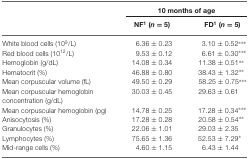
|  | <COLSPAN=2> 10 months of age |
 |  | NF1 (n = 5) | FD1 (n = 5) |
 | --- | --- | --- |
 | White blood cells (109/L) | 6.36 ± 0.23 | 3.10 ± 0.52*** |
 | Red blood cells (1012/L) | 9.53 ± 0.12 | 6.61 ± 0.30*** |
 | Hemoglobin (g/dL) | 14.08 ± 0.34 | 11.38 ± 0.51** |
 | Hematocrit (%) | 46.88 ± 0.80 | 38.43 ± 1.32** |
 | Mean corpuscular volume (fL) | 49.50 ± 0.29 | 58.25 ± 0.75*** |
 | Mean corpuscular hemoglobin concentration (g/dL) | 30.03 ± 0.45 | 29.63 ± 0.61 |
 | Mean corpuscular hemoglobin (pg) | 14.78 ± 0.25 | 17.28 ± 0.34*** |
 | Anisocytosis (%) | 17.28 ± 0.28 | 20.58 ± 0.54** |
 | Granulocytes (%) | 22.06 ± 1.01 | 29.03 ± 2.35 |
 | Lymphocytes (%) | 75.65 ± 1.36 | 52.53 ± 7.29* |
 | Mid-range cells (%) | 4.60 ± 1.15 | 6.43 ± 1.44 |